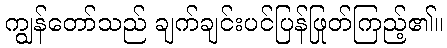
ကျွန်တော်သည် ချက်ချင်းပင်ပြန်ဖြုတ်ကြည့်၏။